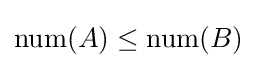
\mathrm {num} (A)\leq \mathrm {num} (B)